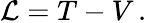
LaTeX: {\mathcal{L}}=T-V\, .